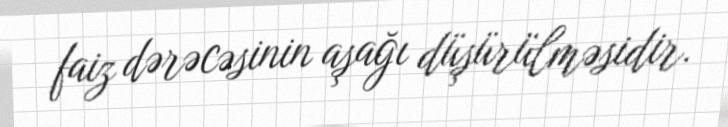
faiz dərəcəsinin aşağı düşürülməsidir.